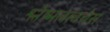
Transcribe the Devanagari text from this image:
श्लेष्मलत्वचेस